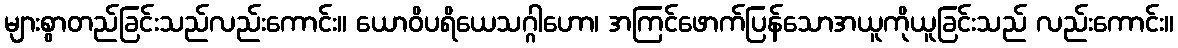
များစွာတည်ခြင်းသည်လည်းကောင်း။ ယောဝိပရိယေသဂ္ဂါဟော၊ အကြင်ဖောက်ပြန်သောအယူကိုယူခြင်းသည် လည်းကောင်း။